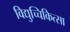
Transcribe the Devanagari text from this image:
विद्युच्चिकित्सा